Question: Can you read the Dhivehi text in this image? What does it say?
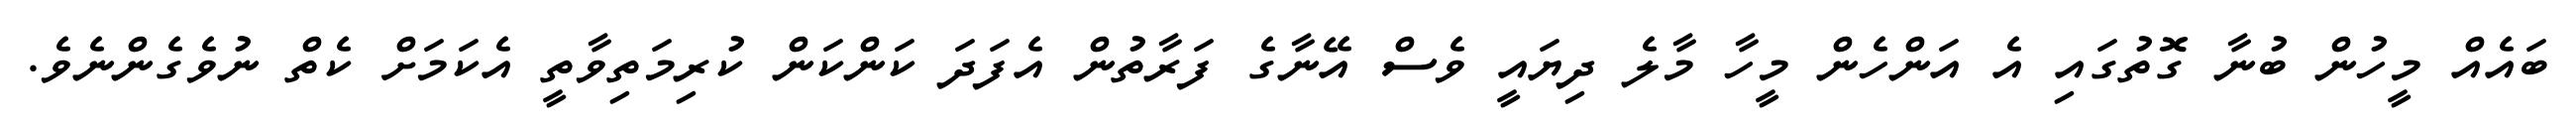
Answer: ބައެއް މީހުން ބުނާ ގޮތުގައި އެ އަންހެން މީހާ މާލެ ދިޔައީ ވެސް އޭނާގެ ފަރާތުން އެފަދަ ކަންކަން ކުރިމަތިވާތީ އެކަމަށް ކެތް ނުވެގެންނެވެ.